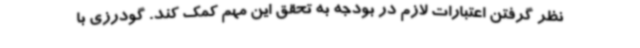
نظر گرفتن اعتبارات لازم در بودجه به تحقق این مهم کمک کند. گودرزی با